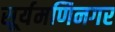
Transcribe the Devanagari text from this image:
सूर्यमणिनगर